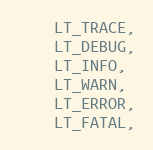
Language: C
	LT_TRACE,
	LT_DEBUG,
	LT_INFO,
	LT_WARN,
	LT_ERROR,
	LT_FATAL,